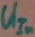
Text: UIn